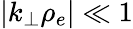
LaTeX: |k_{\perp}\rho_{e}|\ll 1